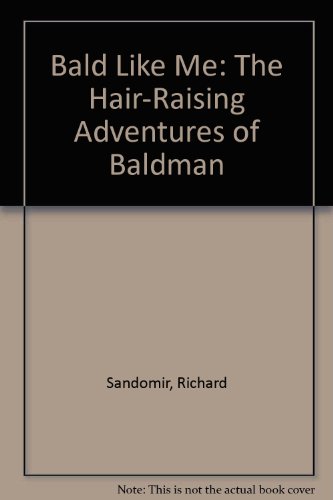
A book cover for Bald Like Me: The Hair-Raising Adventures of Baldman; Richard Sandomir; Health, Fitness & Dieting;